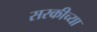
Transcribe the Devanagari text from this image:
सरकीच्या